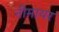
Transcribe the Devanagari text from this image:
नीमायर